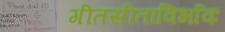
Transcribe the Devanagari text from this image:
गीतसीताविर्भावः